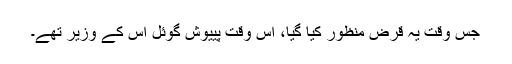
جس وقت یہ قرض منظور کیا گیا، اس وقت پییوش گوئل اس کے وزیر تھے۔